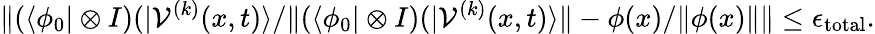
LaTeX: \| (\langle\phi_{0}\vert\otimes I)(\vert\mathcal{V}^{(k)}(x,t)\rangle/\| (\langle\phi_{0}\vert\otimes I)(\vert\mathcal{V}^{(k)}(x,t)\rangle\| -\phi(x)/\| \phi(x)\| \| \le\epsilon_{\mathrm{total}}.